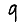
Digit: 9